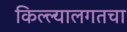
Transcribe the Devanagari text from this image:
किल्ल्यालगतचा